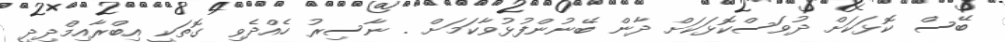
ބޭސް ކޮޅަކަށް ދުވަސްކޮޅަކަށް ދާން ބޭނުންފުޅުވާކަމަށް . ނާސިރު ހެއްދެވި ގޮތަކީ އިބްރާއިމްދިދީ